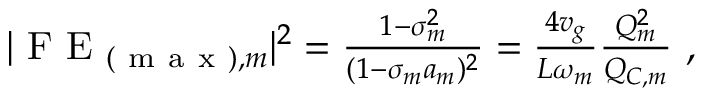
\begin{array} { r } { | \mathrm { ~ F ~ E ~ } _ { ( \mathrm { ~ m ~ a ~ x ~ } ) , m } | ^ { 2 } = \frac { 1 - \sigma _ { m } ^ { 2 } } { ( 1 - \sigma _ { m } a _ { m } ) ^ { 2 } } = \frac { 4 v _ { g } } { L \omega _ { m } } \frac { Q _ { m } ^ { 2 } } { Q _ { C , m } } \ , } \end{array}